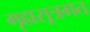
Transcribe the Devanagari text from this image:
गृह्यसूत्रगत